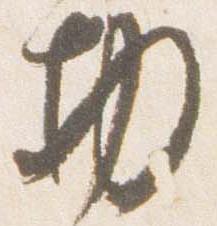
物